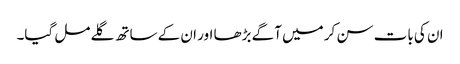
ان کی بات سن کر میں آگے بڑھا اور ان کے ساتھ گلے مل گیا۔